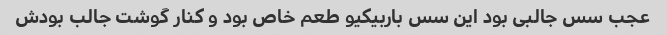
عجب سس جالبی بود این سس باربیکیو طعم خاص بود و کنار گوشت جالب بودش